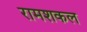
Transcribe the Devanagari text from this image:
रामशकल